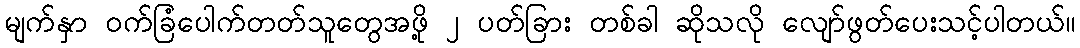
မျက်နှာ ဝက်ခြံပေါက်တတ်သူတွေအဖို့ ၂ ပတ်ခြား တစ်ခါ ဆိုသလို လျော်ဖွတ်ပေးသင့်ပါတယ်။